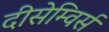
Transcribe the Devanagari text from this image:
दीसेम्विर्स